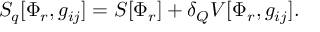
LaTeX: S _ { q } [ \Phi _ { r } , g _ { i j } ] = S [ \Phi _ { r } ] + \delta _ { Q } V [ \Phi _ { r } , g _ { i j } ] .